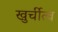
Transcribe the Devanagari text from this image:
खुर्चीत्व